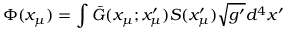
\Phi ( x _ { \mu } ) = \int \bar { G } ( x _ { \mu } ; x _ { \mu } ^ { \prime } ) S ( x _ { \mu } ^ { \prime } ) \sqrt { g ^ { \prime } } d ^ { 4 } x ^ { \prime }